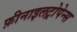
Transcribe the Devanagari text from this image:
फ़ीनाइलट्रोपेन्स